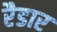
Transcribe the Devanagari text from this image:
रैडार